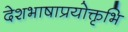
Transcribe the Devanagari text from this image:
देशभाषाप्रयोक्तृभि